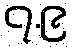
၇.၉